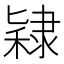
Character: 𫕙